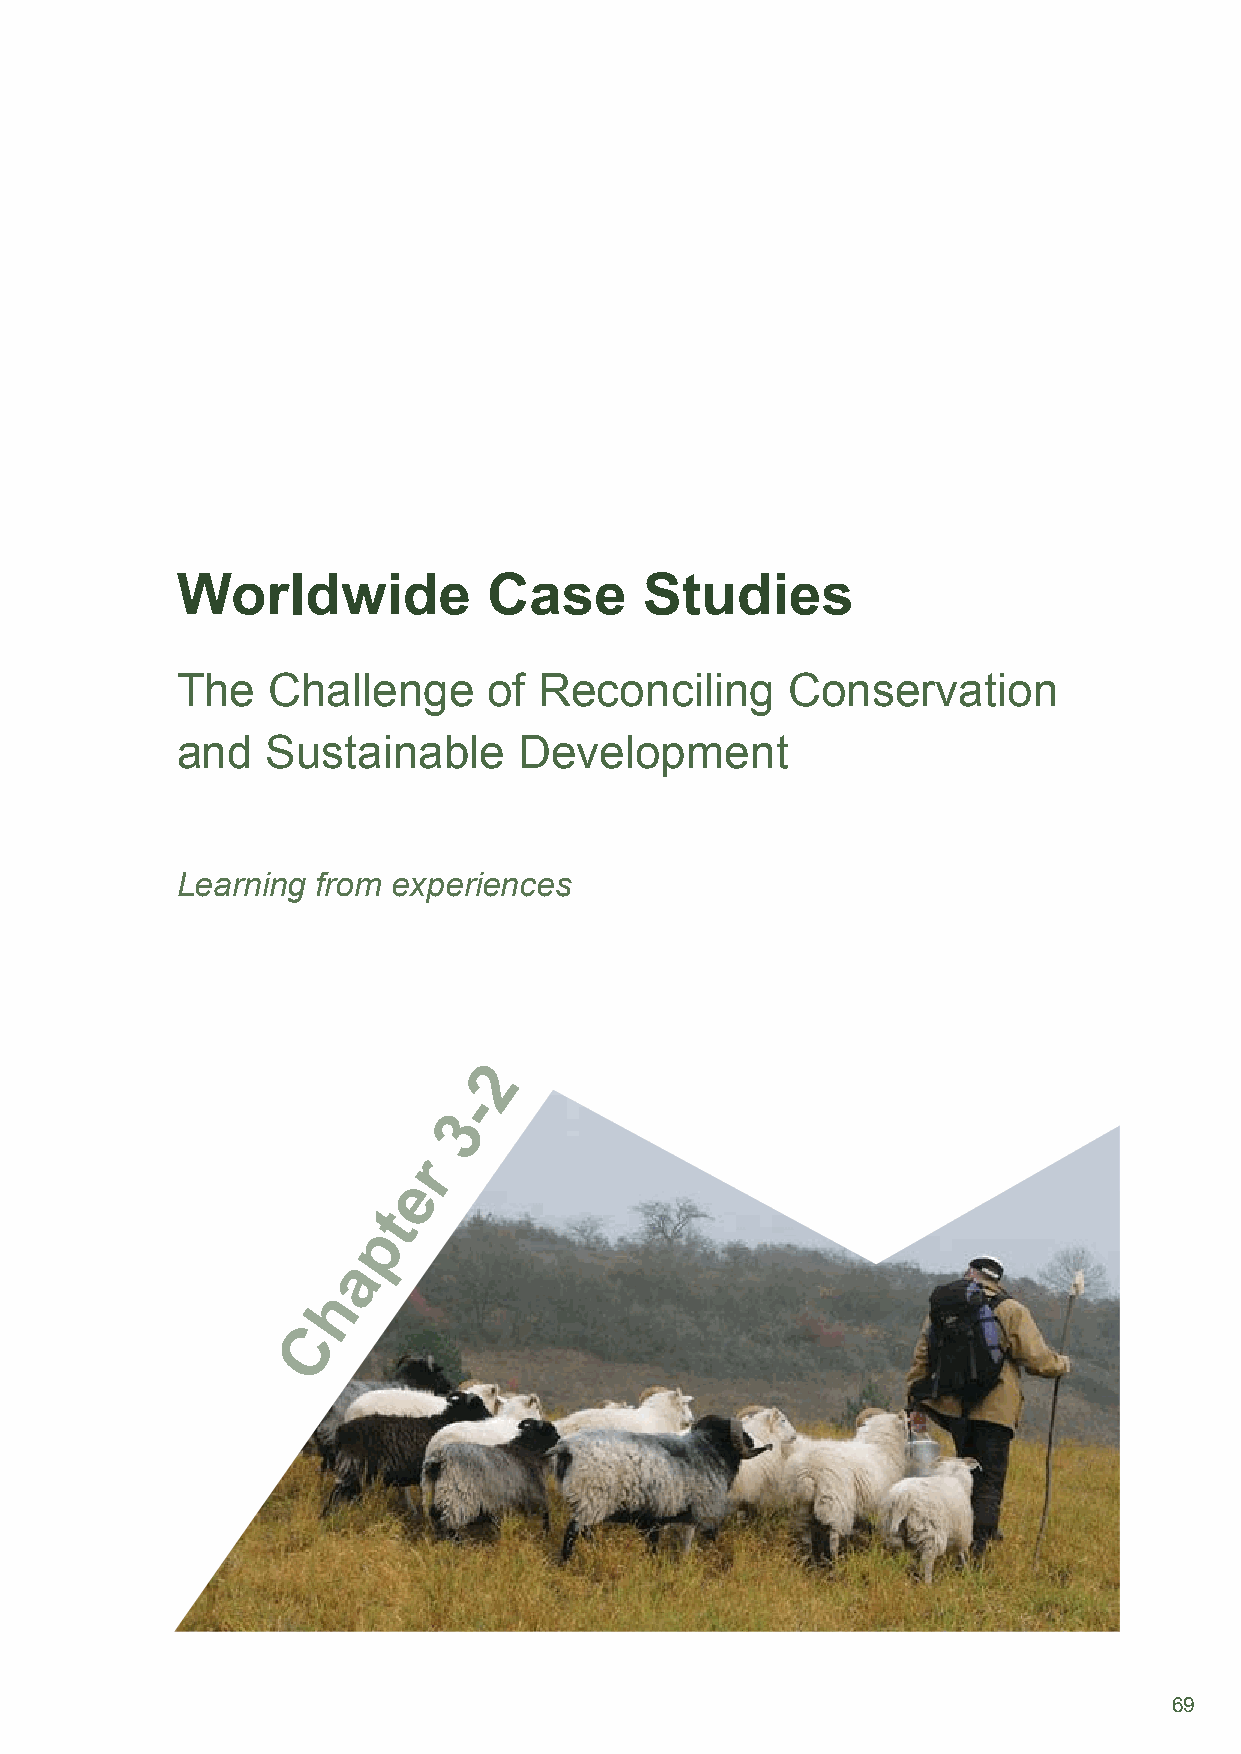
Worldwide           Case       Studies
 The   Challenge     of  Reconciling     Conservation
 and   Sustainable     Development
 Learning from experiences
 2
 -
 3
 r
 e
 t
 p
 a
 h
 C
 69